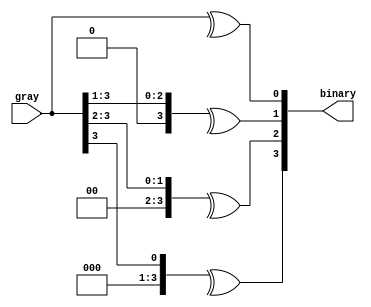
module g2b_converter #(parameter width = 4)(input [width - 1:0] gray,output [width - 1:0] binary);
  genvar i;
  generate
   for(i=0;i<width;i=i+1) begin 
   assign binary[i]= ^(gray >> i);
   end
  endgenerate
endmodule   
   
module g2b_converter_tb;
reg[3:0] gray;
wire[3:0] binary;
g2b_converter g2b(gray,binary);


 initial begin
   $monitor("gray=%b:binary=%b",gray,binary);
   gray = 4'b1110; #1;
   gray = 4'b0100; #1;
   gray = 4'b0111; #1;
   gray = 4'b1010; #1;
   gray = 4'b1000;
 end
endmodule